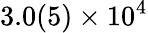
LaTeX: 3.0(5)\times 10^{4}